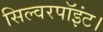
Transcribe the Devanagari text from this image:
सिल्वरपॉइंट।